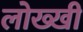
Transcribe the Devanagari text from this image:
लोख्खी